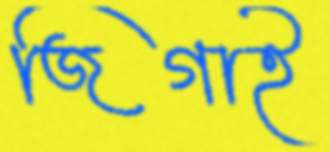
জিগাই